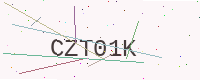
Text: CZT01K